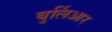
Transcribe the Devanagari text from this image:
बुर्लिआर